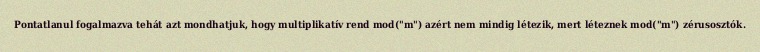
Pontatlanul fogalmazva tehát azt mondhatjuk, hogy multiplikatív rend mod("m") azért nem mindig létezik, mert léteznek mod("m") zérusosztók.